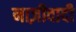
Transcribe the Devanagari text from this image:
नाज़ीवादी